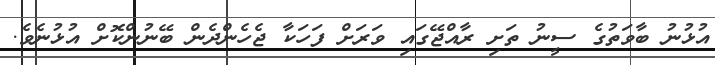
އުޅުނު ބާވަތުގެ ސީނު ތަށި ރާއްޖޭގައި ވަރަށް ފަހަކާ ޖެހެންދެން ބޭނުންކޮށް އުޅުނެވެ.